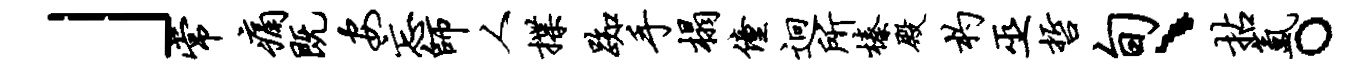
」常痛既安忘师人揲踟手榻僮迥所榛殿杓巫哲旬、拈氲。